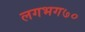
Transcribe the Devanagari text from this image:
लगभग७०